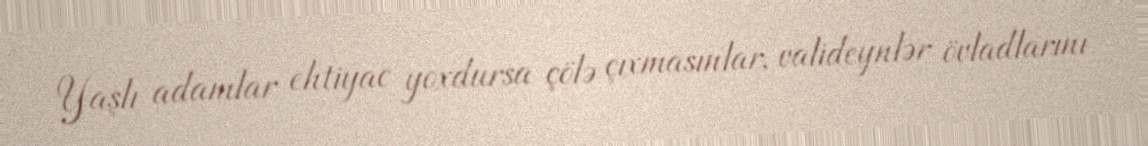
Yaşlı adamlar ehtiyac yoxdursa çölə çıxmasınlar, valideynlər övladlarını